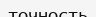
точность